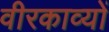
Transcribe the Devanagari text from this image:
वीरकाव्यों